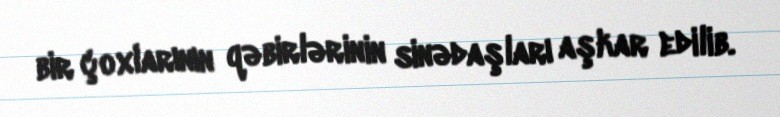
bir çoxlarının qəbirlərinin sinədaşları aşkar edilib.